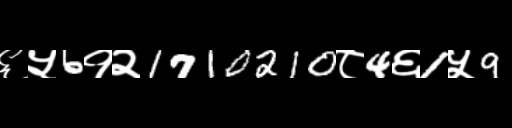
Text: ६५6१२1710210८4६1५9